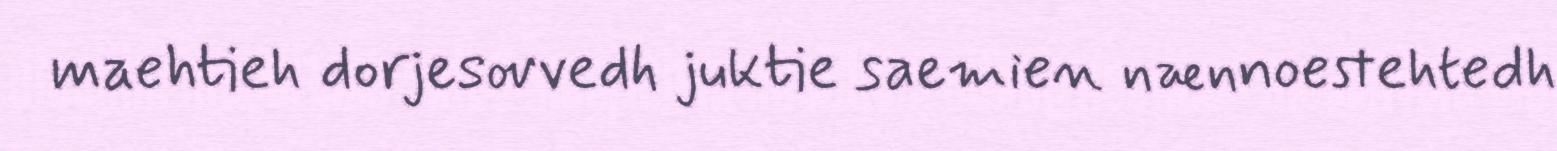
maehtieh dorjesovvedh juktie saemien nænnoestehtedh